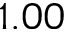
1 . 0 0